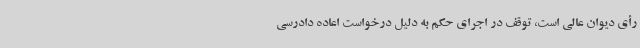
رأی دیوان عالی است، توقف در اجرای حکم به دلیل درخواست اعاده دادرسی